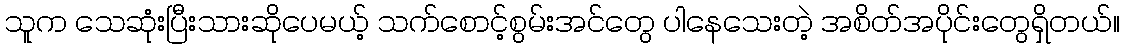
သူက သေဆုံးပြီးသားဆိုပေမယ့် သက်စောင့်စွမ်းအင်တွေ ပါနေသေးတဲ့ အစိတ်အပိုင်းတွေရှိတယ်။